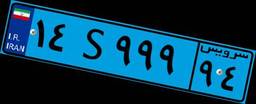
۱۴S۹۹۹۹۴